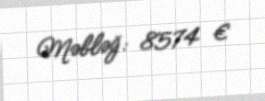
Məbləğ: 8574 €